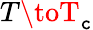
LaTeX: T\toT_{\mathtt{c}}